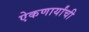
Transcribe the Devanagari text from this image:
ऐकणार्यांची